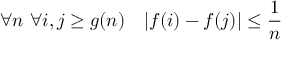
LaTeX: \forall n \ \forall i , j \geq g ( n ) \quad | f ( i ) - f ( j ) | \leq { \frac { 1 } { n } }